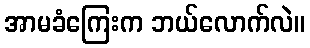
အာမခံကြေးက ဘယ်လောက်လဲ။